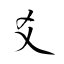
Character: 爻